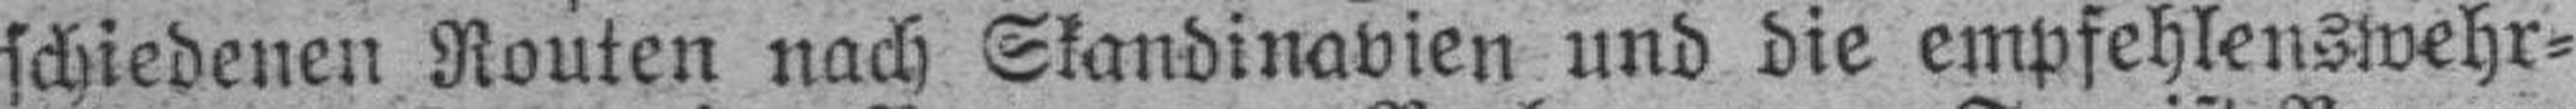
schiedenen Routen nach Skandinavien und die empfehlenswehr¬